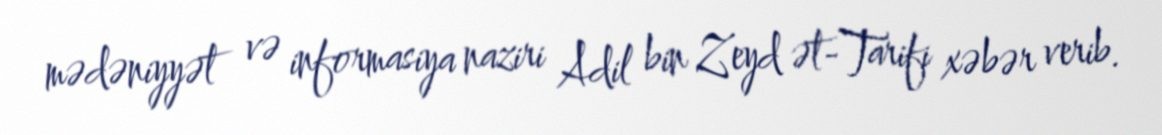
mədəniyyət və informasiya naziri Adil bin Zeyd ət-Tarifi xəbər verib.